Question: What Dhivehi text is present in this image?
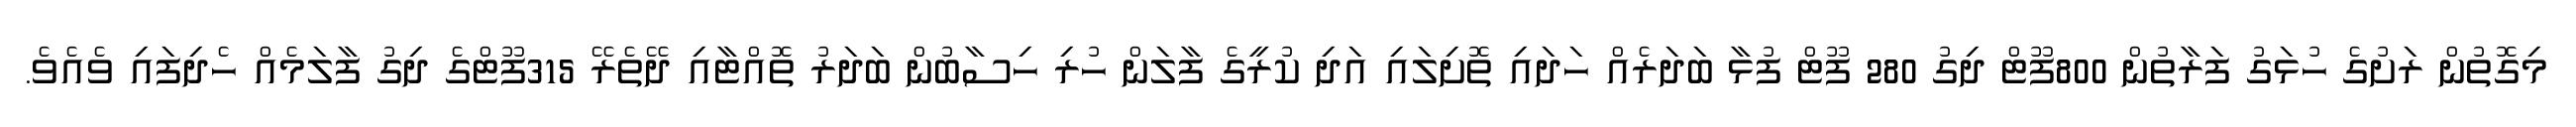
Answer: މިގޮތުން ރަށުގެ ހުޅަގު ފަރާތުން 800ފޫޓް ދިގު 280 ފޫޓް ފުޅާ ބަދަރެއް ހަދައި ތޮށިލައި އަދި ކުރީގެ ފާލަން ހުރި ހިސާބުން ބަދަރު ތޮއްޓާއި ދޭތެރޭ 315ފޫޓްގެ ދިގު ފާލަމެއް ހެދިފައި ވެއެވެ.